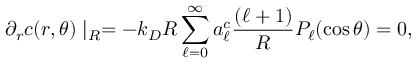
\partial _ { r } c ( r , \theta ) \mid _ { R } = - k _ { D } R \sum _ { \ell = 0 } ^ { \infty } a _ { \ell } ^ { c } \frac { ( \ell + 1 ) } { R } P _ { \ell } ( \cos \theta ) = 0 ,